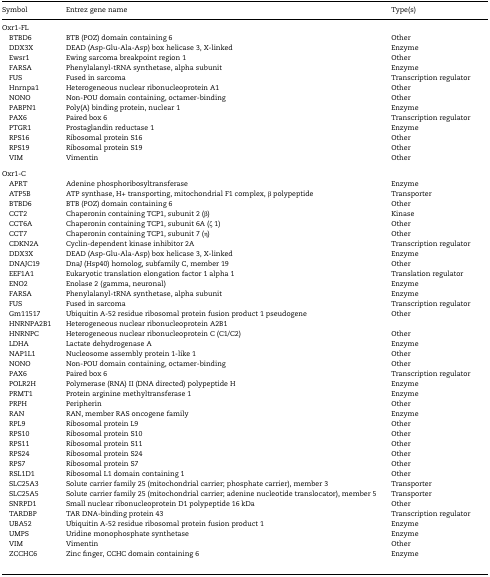
<table><thead><tr><td><b>Symbol</b></td><td><b>Entrez gene name</b></td><td><b>Type(s)</b></td></tr></thead><tbody><tr><td colspan="3">Oxr1-FL</td></tr><tr><td> BTBD6</td><td>BTB (POZ) domain containing 6</td><td>Other</td></tr><tr><td> DDX3X</td><td>DEAD (Asp-Glu-Ala-Asp) box helicase 3, X-linked</td><td>Enzyme</td></tr><tr><td> Ewsr1</td><td>Ewing sarcoma breakpoint region 1</td><td>Other</td></tr><tr><td> FARSA</td><td>Phenylalanyl-tRNA synthetase, alpha subunit</td><td>Enzyme</td></tr><tr><td> FUS</td><td>Fused in sarcoma</td><td>Transcription regulator</td></tr><tr><td> Hnrnpa1</td><td>Heterogeneous nuclear ribonucleoprotein A1</td><td>Other</td></tr><tr><td> NONO</td><td>Non-POU domain containing, octamer-binding</td><td>Other</td></tr><tr><td> PABPN1</td><td>Poly(A) binding protein, nuclear 1</td><td>Enzyme</td></tr><tr><td> PAX6</td><td>Paired box 6</td><td>Transcription regulator</td></tr><tr><td> PTGR1</td><td>Prostaglandin reductase 1</td><td>Enzyme</td></tr><tr><td> RPS16</td><td>Ribosomal protein S16</td><td>Other</td></tr><tr><td> RPS19</td><td>Ribosomal protein S19</td><td>Other</td></tr><tr><td> VIM</td><td>Vimentin</td><td>Other</td></tr><tr><td colspan="3">Oxr1-C</td></tr><tr><td> APRT</td><td>Adenine phosphoribosyltransferase</td><td>Enzyme</td></tr><tr><td> ATP5B</td><td>ATP synthase, H+ transporting, mitochondrial F1 complex, β polypeptide</td><td>Transporter</td></tr><tr><td> BTBD6</td><td>BTB (POZ) domain containing 6</td><td>Other</td></tr><tr><td> CCT2</td><td>Chaperonin containing TCP1, subunit 2 (β)</td><td>Kinase</td></tr><tr><td> CCT6A</td><td>Chaperonin containing TCP1, subunit 6A (ζ 1)</td><td>Other</td></tr><tr><td> CCT7</td><td>Chaperonin containing TCP1, subunit 7 (η)</td><td>Other</td></tr><tr><td> CDKN2A</td><td>Cyclin-dependent kinase inhibitor 2A</td><td>Transcription regulator</td></tr><tr><td> DDX3X</td><td>DEAD (Asp-Glu-Ala-Asp) box helicase 3, X-linked</td><td>Enzyme</td></tr><tr><td> DNAJC19</td><td>DnaJ (Hsp40) homolog, subfamily C, member 19</td><td>Other</td></tr><tr><td> EEF1A1</td><td>Eukaryotic translation elongation factor 1 alpha 1</td><td>Translation regulator</td></tr><tr><td> ENO2</td><td>Enolase 2 (gamma, neuronal)</td><td>Enzyme</td></tr><tr><td> FARSA</td><td>Phenylalanyl-tRNA synthetase, alpha subunit</td><td>Enzyme</td></tr><tr><td> FUS</td><td>Fused in sarcoma</td><td>Transcription regulator</td></tr><tr><td> Gm11517</td><td>Ubiquitin A-52 residue ribosomal protein fusion product 1 pseudogene</td><td>Other</td></tr><tr><td> HNRNPA2B1</td><td>Heterogeneous nuclear ribonucleoprotein A2B1</td><td></td></tr><tr><td> HNRNPC</td><td>Heterogeneous nuclear ribonucleoprotein C (C1/C2)</td><td>Other</td></tr><tr><td> LDHA</td><td>Lactate dehydrogenase A</td><td>Enzyme</td></tr><tr><td> NAP1L1</td><td>Nucleosome assembly protein 1-like 1</td><td>Other</td></tr><tr><td> NONO</td><td>Non-POU domain containing, octamer-binding</td><td>Other</td></tr><tr><td> PAX6</td><td>Paired box 6</td><td>Transcription regulator</td></tr><tr><td> POLR2H</td><td>Polymerase (RNA) II (DNA directed) polypeptide H</td><td>Enzyme</td></tr><tr><td> PRMT1</td><td>Protein arginine methyltransferase 1</td><td>Enzyme</td></tr><tr><td> PRPH</td><td>Peripherin</td><td>Other</td></tr><tr><td> RAN</td><td>RAN, member RAS oncogene family</td><td>Enzyme</td></tr><tr><td> RPL9</td><td>Ribosomal protein L9</td><td>Other</td></tr><tr><td> RPS10</td><td>Ribosomal protein S10</td><td>Other</td></tr><tr><td> RPS11</td><td>Ribosomal protein S11</td><td>Other</td></tr><tr><td> RPS24</td><td>Ribosomal protein S24</td><td>Other</td></tr><tr><td> RPS7</td><td>Ribosomal protein S7</td><td>Other</td></tr><tr><td> RSL1D1</td><td>Ribosomal L1 domain containing 1</td><td>Other</td></tr><tr><td> SLC25A3</td><td>Solute carrier family 25 (mitochondrial carrier; phosphate carrier), member 3</td><td>Transporter</td></tr><tr><td> SLC25A5</td><td>Solute carrier family 25 (mitochondrial carrier; adenine nucleotide translocator), member 5</td><td>Transporter</td></tr><tr><td> SNRPD1</td><td>Small nuclear ribonucleoprotein D1 polypeptide 16 kDa</td><td>Other</td></tr><tr><td> TARDBP</td><td>TAR DNA-binding protein 43</td><td>Transcription regulator</td></tr><tr><td> UBA52</td><td>Ubiquitin A-52 residue ribosomal protein fusion product 1</td><td>Enzyme</td></tr><tr><td> UMPS</td><td>Uridine monophosphate synthetase</td><td>Enzyme</td></tr><tr><td> VIM</td><td>Vimentin</td><td>Other</td></tr><tr><td> ZCCHC6</td><td>Zinc finger, CCHC domain containing 6</td><td>Enzyme</td></tr></tbody></table>